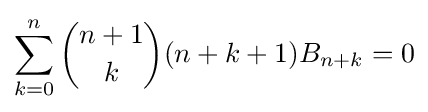
\sum _{k=0}^{n}{\binom {n+1}{k}}(n+k+1)B_{n+k}=0